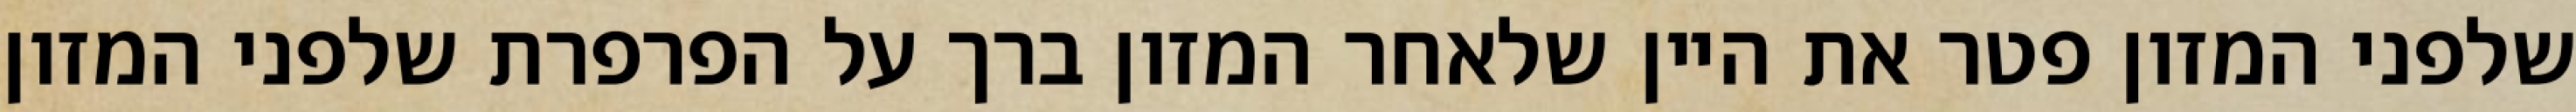
שלפני המזון פטר את היין שלאחר המזון ברך על הפרפרת שלפני המזון